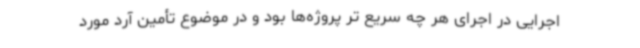
اجرایی در اجرای هر چه سریع تر پروژه‌ها بود و در موضوع تأمین آرد مورد